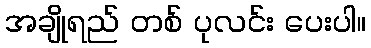
အချိုရည် တစ် ပုလင်း ပေးပါ။